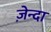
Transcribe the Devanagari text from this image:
ज़ेन्दा